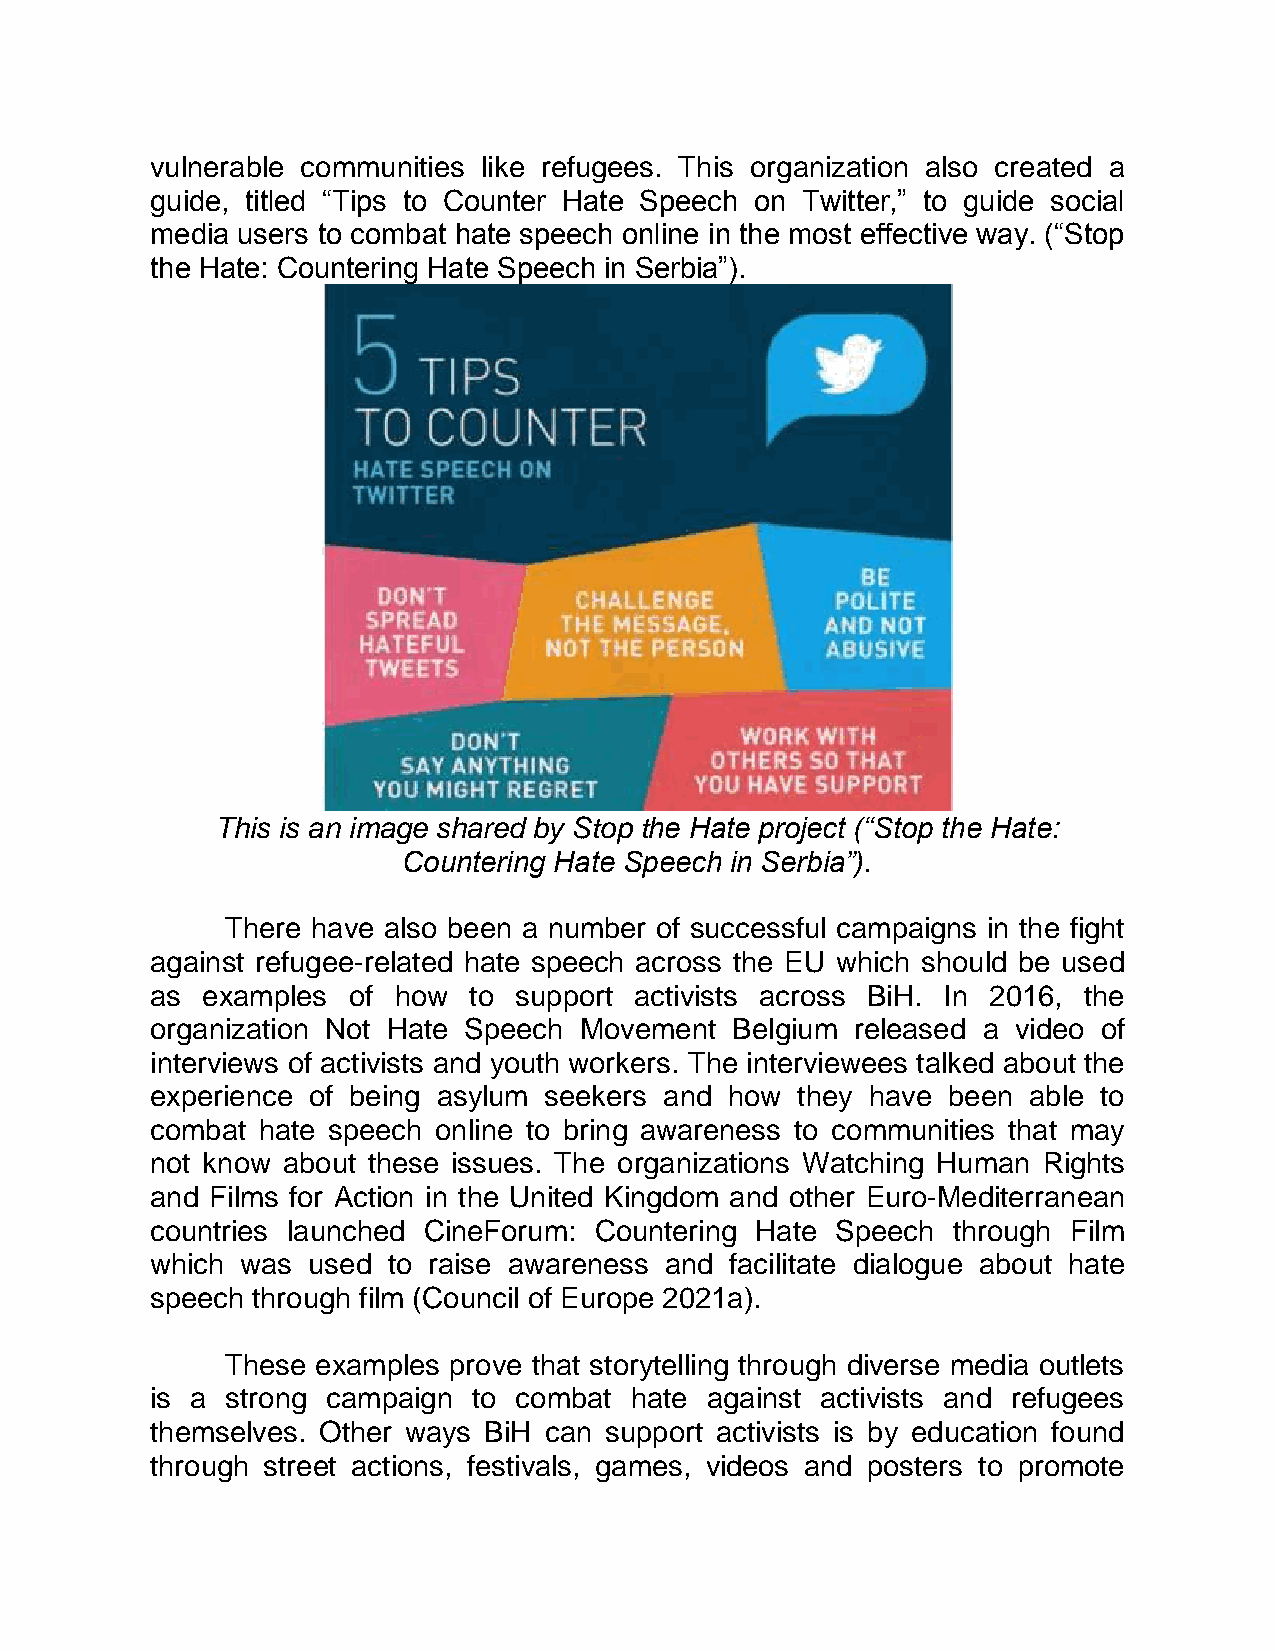
vulnerable communities like refugees. This organization also created a
 guide, titled “Tips to Counter Hate Speech on Twitter,” to guide social
 media users to combat hate speech online in the most effective way. (“Stop
 the Hate: Countering Hate Speech in Serbia”).
 This is an image shared by Stop the Hate project (“Stop the Hate:
 Countering Hate Speech in Serbia”).
 There have also been a number of successful campaigns in the fight
 against refugee-related hate speech across the EU which should be used
 as examples  of how  to support activists across BiH. In 2016, the
 organization Not Hate Speech Movement Belgium  released a video of
 interviews of activists and youth workers. The interviewees talked about the
 experience of being asylum seekers and how they have been able to
 combat hate speech online to bring awareness to communities that may
 not know about these issues. The organizations Watching Human Rights
 and Films for Action in the United Kingdom and other Euro-Mediterranean
 countries launched CineForum: Countering Hate Speech through Film
 which was used  to raise awareness and facilitate dialogue about hate
 speech through film (Council of Europe 2021a).
 These examples prove that storytelling through diverse media outlets
 is a strong campaign to combat  hate against activists and refugees
 themselves. Other ways BiH can support activists is by education found
 through street actions, festivals, games, videos and posters to promote